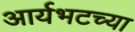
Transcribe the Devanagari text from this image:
आर्यभटच्या